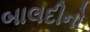
બાલદીનો